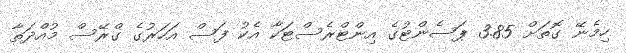
ހިމެނޭ ގޮތަށް 3.85 ޕަސެންޓުގެ އިންޓްރެސްޓަކާ އެކު ފަސް އަހަރުގެ ގްރޭސް މުއްދަތާ